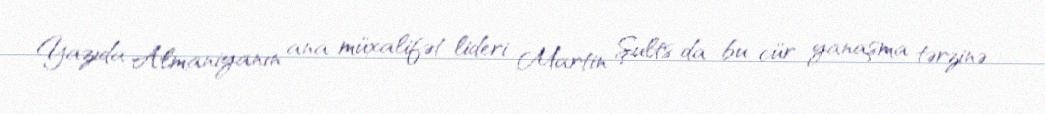
Yazıda Almaniyanın ana müxalifət lideri Martin Şults da bu cür yanaşma tərzinə